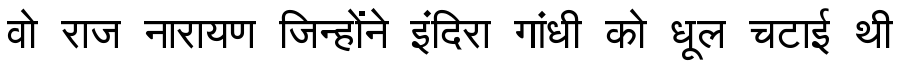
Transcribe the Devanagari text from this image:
वो राज नारायण जिन्होंने इंदिरा गांधी को धूल चटाई थी